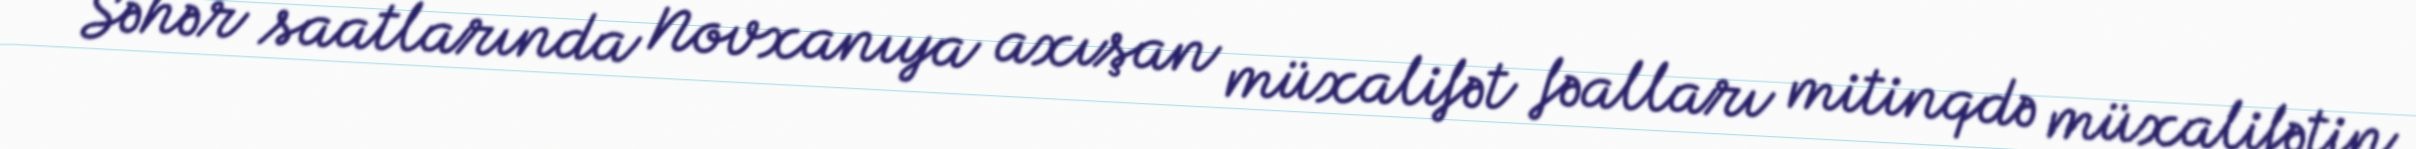
Səhər saatlarında Novxanıya axışan müxalifət fəalları mitinqdə müxalifətin